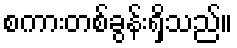
စကားတစ်ခွန်းရှိသည်။